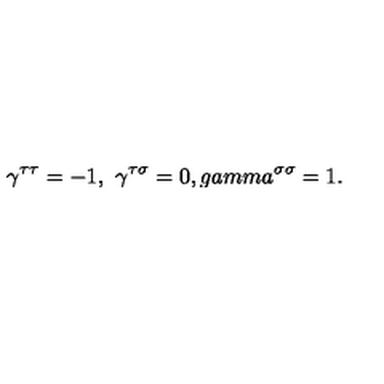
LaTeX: \gamma ^ { \tau \tau } = - 1 , \ \gamma ^ { \tau \sigma } = 0 , g a m m a ^ { \sigma \sigma } = 1 .